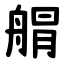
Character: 䑵